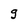
Character: g